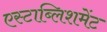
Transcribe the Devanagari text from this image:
एस्टाब्लिशमेंट